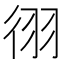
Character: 𫹓